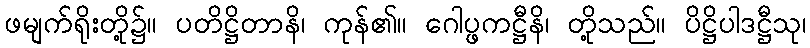
ဖမျက်ရိုးတို့၌။ ပတိဋ္ဌိတာနိ၊ ကုန်၏။ ဂေါပ္ဖကဋ္ဌီနိ၊ တို့သည်။ ပိဋ္ဌိပါဒဋ္ဌီသု၊